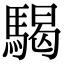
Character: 騔